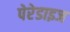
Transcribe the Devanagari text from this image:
पेरेडाइज